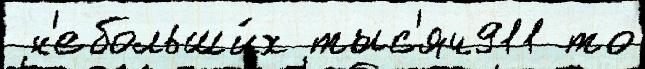
 н'ебольши́х тыс'яч911 то